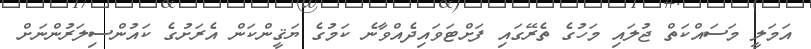
އަމަލީ މަސައްކަތް ޖުލައި މަހުގެ ތެރޭގައި ފަށްޓަވައިދެއްވާނެ ކަމުގެ ޔަޤީންކަން އެރަށުގެ ކައުންސިލަރުންނަށް